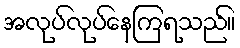
အလုပ်လုပ်နေကြရသည်။